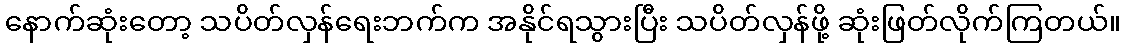
နောက်ဆုံးတော့ သပိတ်လှန်ရေးဘက်က အနိုင်ရသွားပြီး သပိတ်လှန်ဖို့ ဆုံးဖြတ်လိုက်ကြတယ်။